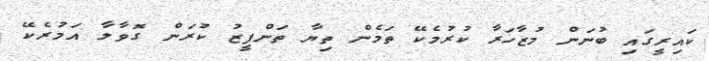
ކައިރީގައި ބުނަން މުޒާހަރާ ކުރުމެކޭ ތަމެން ތިޔާ ތަންފީޒު ކުރަން ގޮވާލާ އަމުރެކޭ